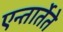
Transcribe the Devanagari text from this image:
एन्तार्तेते